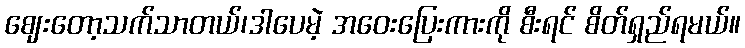
ဈေးတော့သက်သာတယ်၊ဒါပေမဲ့ အဝေးပြေးကားကို စီးရင် စိတ်ရှည်ရမယ်။